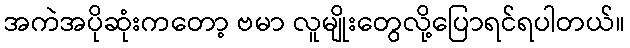
အကဲအပိုဆုံးကတော့ ဗမာ လူမျိုးတွေလို့ပြောရင်ရပါတယ်။